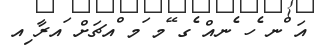
އަ ްނ ެހ ެނއް ެގ ޭމ ަމ ްއޗަށް ައރާ ިއ